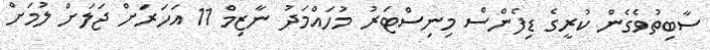
ސާބިތުވެގެން ކުރީގެ ޑިފެންސް މިނިސްޓަރު މުހައްމަދު ނާޒިމް 11 އަހަރަށް ޖަލަށް ލުމަށް